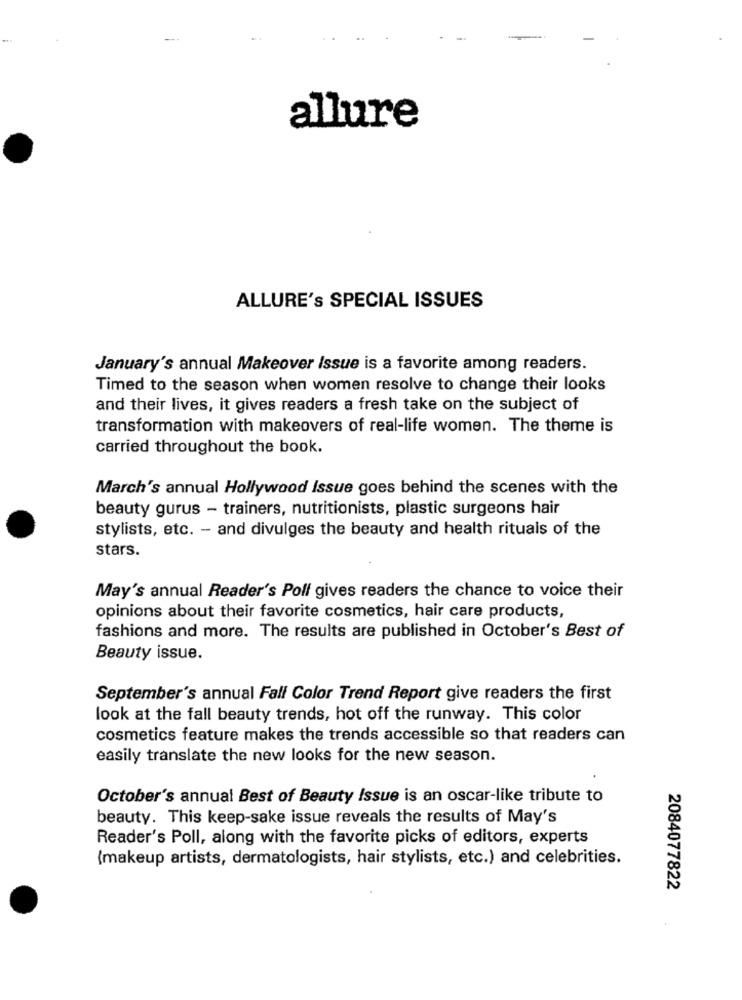
allure
ALLURE's SPECIAL ISSUES
January's annual Makeover Issue is a favorite among readers.
Timed to the season when women resolve to change their looks
and their lives, it gives readers a fresh take on the subject of
transformation with makeovers of real-life women. The theme is
carried throughout the book.
March's annual Hollywood Issue goes behind the scenes with the
beauty gurus - trainers, nutritionists, plastic surgeons hair
stylists, etc. - and divulges the beauty and health rituals of the
stars.
May's annual Reader's Polf gives readers the chance to voice their
opinions about their favorite cosmetics, hair care products,
fashions and more. The results are published in October's Best of
Beauty issue.
September's annual Fall Color Trend Report give readers the first
look at the fall beauty trends, hot off the runway. This color
cosmetics feature makes the trends accessible so that readers can
easily translate the new looks for the new season.
October's annual Best of Beauty Issue is an oscar-like tribute to
beauty. This keep-sake issue reveals the results of May's
Reader's Poll, along with the favorite picks of editors, experts
(makeup artists, dermatologists, hair stylists, etc.) and celebrities.
2084077822